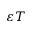
\varepsilon T